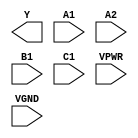
module sky130_fd_sc_hs__o211ai (
    Y   ,
    A1  ,
    A2  ,
    B1  ,
    C1  ,
    VPWR,
    VGND
);

    output Y   ;
    input  A1  ;
    input  A2  ;
    input  B1  ;
    input  C1  ;
    input  VPWR;
    input  VGND;
endmodule